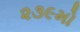
૨૩૯મો